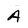
Character: A